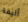
أليفة